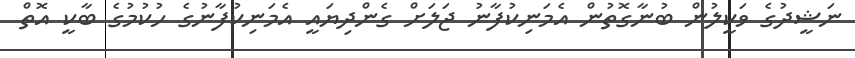
ނަޝީދުގެ ވަކީލުން ބުނާގޮތުން އެމަނިކުފާނު ޖަލަށް ގެންދިޔައީ އެމަނިކުފާނުގެ ހުކުމުގެ ބާކީ އޮތް